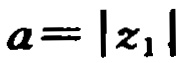
\(a = |z_{1}|\)